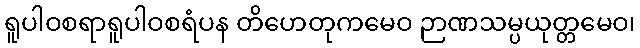
ရူပါဝစရာရူပါဝစရံပန တိဟေတုကမေဝ ဉာဏသမ္ပယုတ္တမေဝ၊